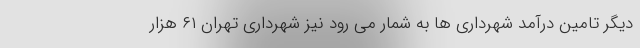
دیگر تامین درآمد شهرداری ها به شمار می رود نیز شهرداری تهران ۶۱ هزار